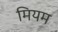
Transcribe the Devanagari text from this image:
मियम